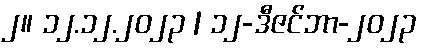
၂။ ၁၂.၁၂.၂၀၂၃ | ၁၂-ဒီဇင်ဘာ-၂၀၂၃